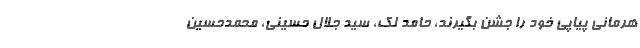
هرمانی پیاپی خود را جشن بگیرند، حامد لک، سید جلال حسینی، محمدحسین